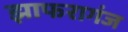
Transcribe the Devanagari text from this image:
झाफरागंज